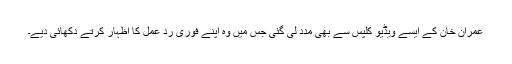
عمران خان کے ایسے ویڈیو کلپس سے بھی مدد لی گئی جس میں وہ اپنے فوری ردِ عمل کا اظہار کرتے دکھائی دیے۔